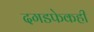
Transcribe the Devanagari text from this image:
दगडफेकही